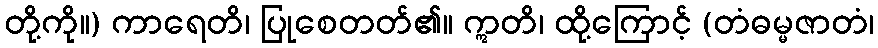
တို့ကို။) ကာရေတိ၊ ပြုစေတတ်၏။ ဣတိ၊ ထို့ကြောင့် (တံဓမ္မဇာတံ၊